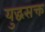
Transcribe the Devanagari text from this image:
युद्धसक्त